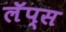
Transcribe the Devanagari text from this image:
लॅप्स